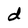
Character: d